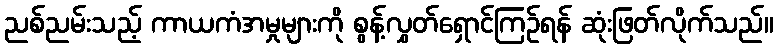
ညစ်ညမ်းသည့် ကာယကံအမှုများကို စွန့်လွှတ်ရှောင်ကြဉ်ရန် ဆုံးဖြတ်လိုက်သည်။